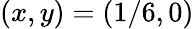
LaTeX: \left(x,y\right)=\left(1/6,0\right)